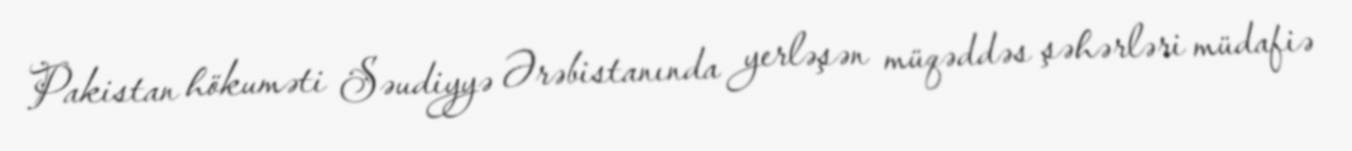
Pakistan hökuməti Səudiyyə Ərəbistanında yerləşən müqəddəs şəhərləri müdafiə